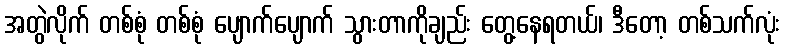
အတွဲလိုက် တစ်စုံ တစ်စုံ ပျောက်ပျောက် သွားတာကိုချည်း တွေ့နေရတယ်၊ ဒီတော့ တစ်သက်လုံး